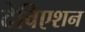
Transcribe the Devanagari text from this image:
देविएशन